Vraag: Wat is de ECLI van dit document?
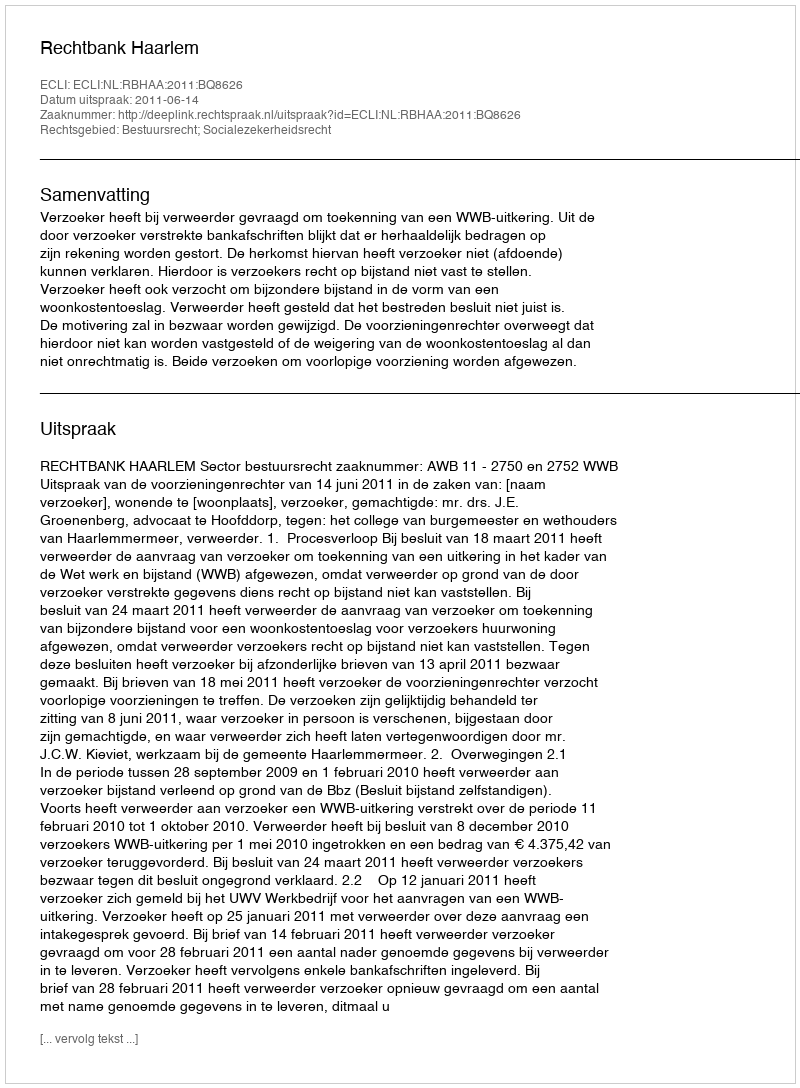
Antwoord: ECLI:NL:RBHAA:2011:BQ8626